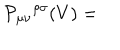
{ \cal P } _ { \mu \nu } { } ^ { \rho \sigma } ( V ) =